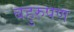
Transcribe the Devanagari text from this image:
बहुरुपण